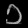
Digit: ၁